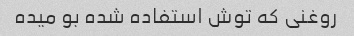
روغنی که توش استفاده شده بو میده